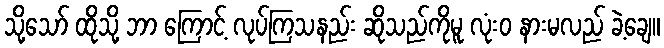
သို့သော် ထိုသို့ ဘာ ကြောင့် လုပ်ကြသနည်း ဆိုသည်ကိုမူ လုံးဝ နားမလည် ခဲ့ချေ။